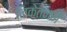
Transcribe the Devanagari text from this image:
निकेतनने